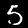
Label: 5